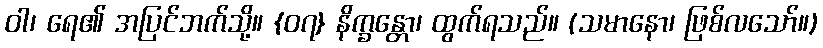
ဝါ၊ ရေ၏ အပြင်ဘက်သို့။ {၀၇} နိက္ခန္တော၊ ထွက်ရသည်။ (သမာနော၊ ဖြစ်လသော်။)